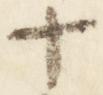
十